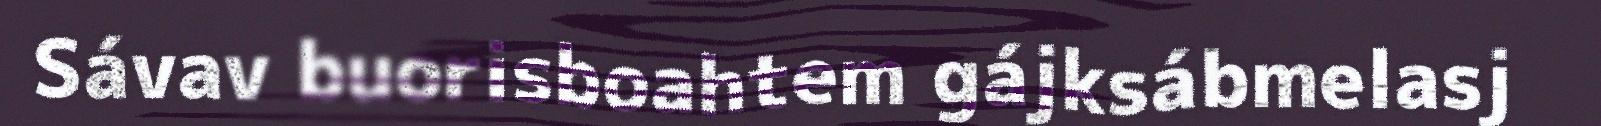
Sávav buorisboahtem gájksábmelasj